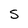
Character: S